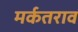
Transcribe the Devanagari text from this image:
मर्कतराव